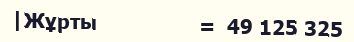
|Жұрты                 =  49 125 325